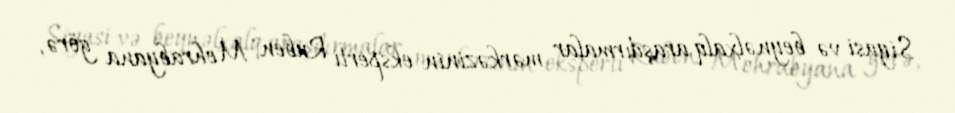
Siyasi və beynəlxalq araşdırmalar mərkəzinin eksperti Ruben Mehrabyana görə,